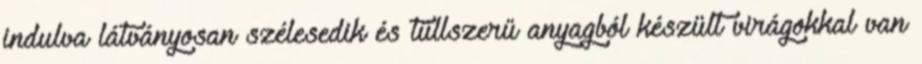
indulva látványosan szélesedik és tüllszerű anyagból készült virágokkal van